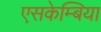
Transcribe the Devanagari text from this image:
एसकेम्बिया